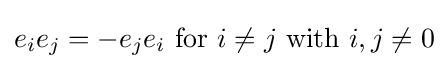
e_{i}e_{j}=-e_{j}e_{i}\,\,{\text{for}}\,\,i\neq j\,\,{\text{with}}\,\,i,j\neq 0